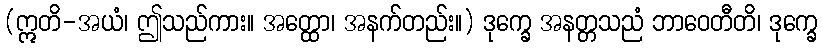
(ဣတိ-အယံ၊ ဤသည်ကား။ အတ္ထော၊ အနက်တည်း။) ဒုက္ခေ အနတ္တသညံ ဘာဝေတီတိ၊ ဒုက္ခေ